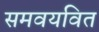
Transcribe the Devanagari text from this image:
समवयवित